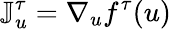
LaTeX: \mathbb{J}_{u}^{\tau}=\nabla_{u}f^{\tau}(u)